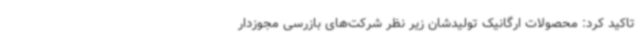
تاکید کرد: محصولات ارگانیک تولیدشان زیر نظر شرکت‌های بازرسی‌ مجوزدار